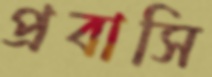
প্রবাসি